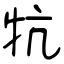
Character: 牨